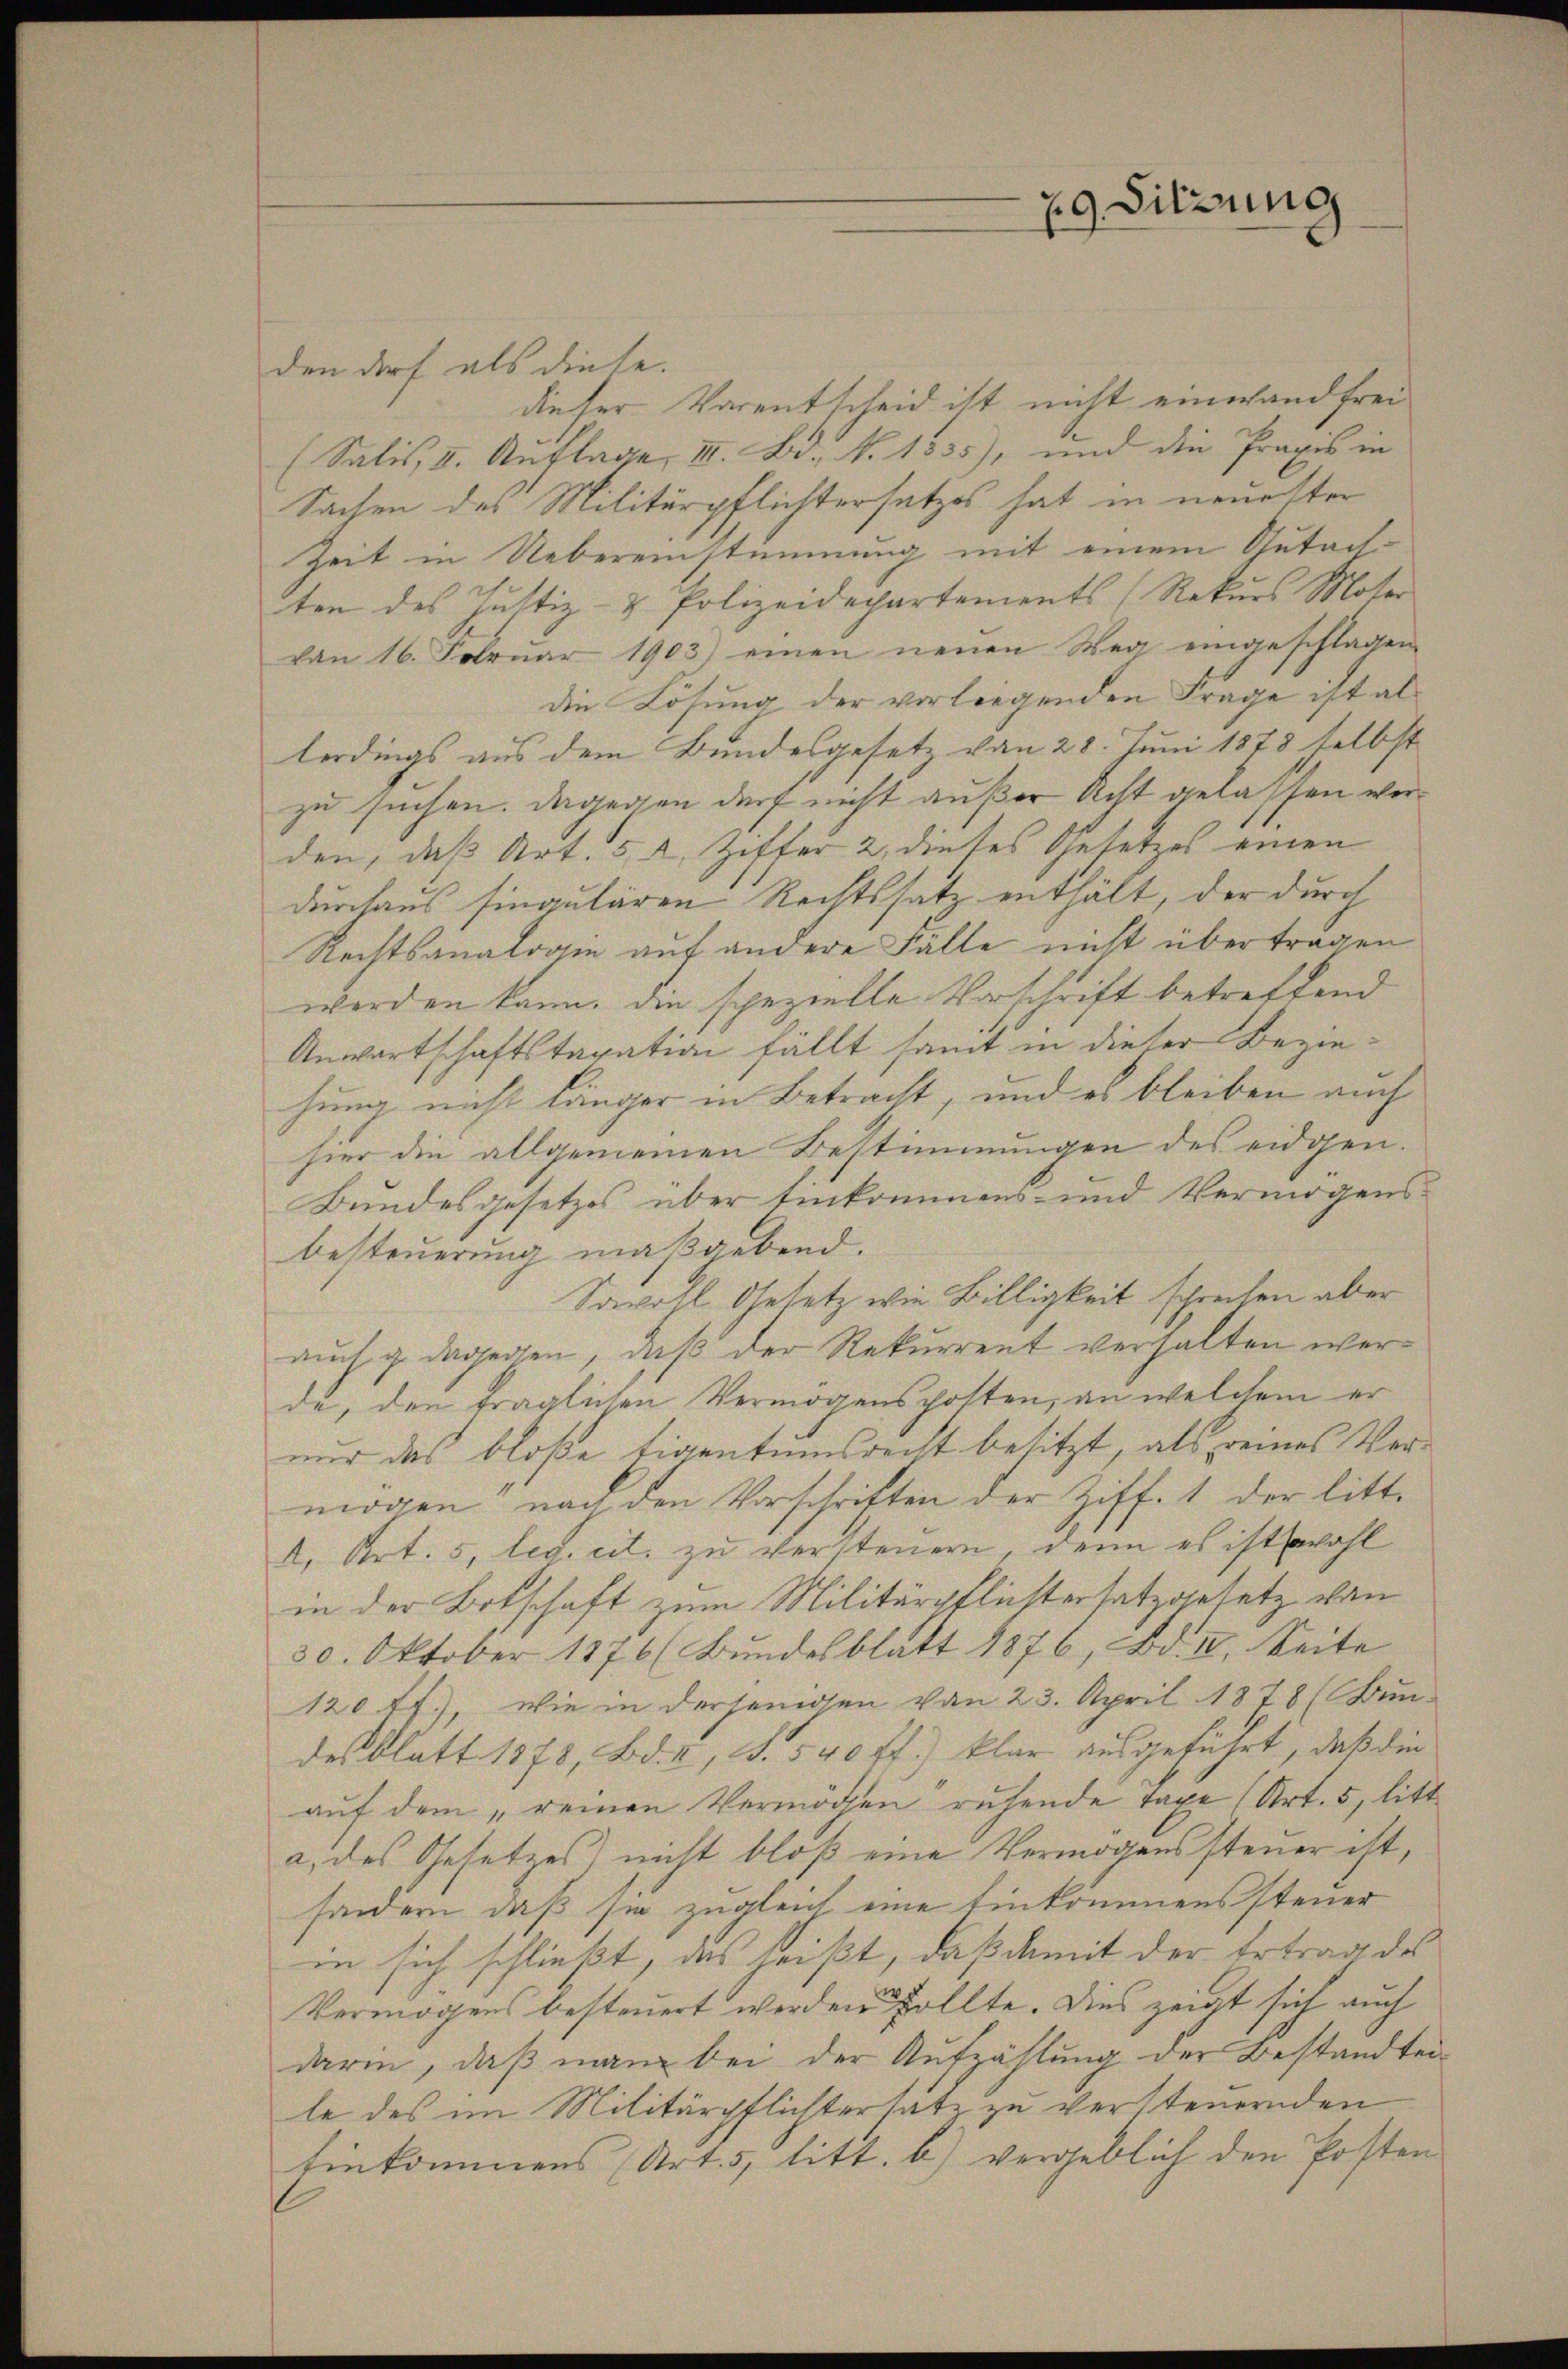
29. Sitzung

den darf als diese.
dieser Varentscheid ist nicht einwand frei
(Sulis, II. Auflage III. Bd., N. 1335), und die Praxis in
Sachen des Militärpflichtersetzes hat in neuester
Zeit in Uebereinstimmung mit einem Gutachten des Justiz- & Polizeidepartements (Rekurs Motor
von 16. Februar 1903) einen neuen Weg eingeschlagen
die Lösung der vorliegenden Frage ist al
lerdings aus dem Bundesgesetz von 28. Juni 1878 selbst
zu suchen. Dagegen darf nicht außer Acht gelassen werden, daß Art. 52, Ziffer 2. dieses Gesetzes einen
durchaus singulären Rechtssatz enthält, der durch
Rechtsanalogie auf andere Fälle nicht übertragen
werden kann. Die spezielle Vorschrift betreffend
Anwartschaftstaxation fällt samt in dieser Beziehung nicht länger in Betracht, und es bleiben auch
hier die allgemeinen Bestimmungen des eidgen.
Bundesgesetzes über Einkommens- und Vermögensbesteuerung maßgebend.
Savoll Gesetz wie Billigkeit sprechen aber
auch g dagegen, daß der Rekurrent verhalten werde, den fraglichen Vermögensposten, an welchem er
nur das bloße Eigentumsrecht besitzt, als reines Vermögen, nach den Vorschriften der Ziff. 1 der litt.
A. Art. 5, leg. cit. zu versteuern, denn es ist wohl
in der Botschaft zum Militärpflichtersatzgesetz von
30. Oktober 1876 (Bŭndesblatt 1876, Bd. II. Seite
120 ff.), wie in derjenigen von 23. April 1878 (Bun-
desblatt 1378, Bd. II, S. 540 ff.) klar ausgeführt, daß die
auf dem „reinen Vermögen ruhende Taxe (Art. 5, litt
a. des Gesetzes nicht bloß eine Vermögenssteuer ist,
sondern, daß sie zugleich eine Einkommenssteuer
in sich schließt, das heißt, daß damit der Ertrag des
Vermögens besteuert werden sollte. Dies zeigt sich auch
darin, daß man bei der Aufzählung der Bestandten
le des im Militärpflichtersatz zu versteuernden
Einkommens (Art. 5, litt. b.) vergeblich den Posten